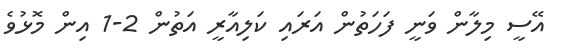
އޭސީ މިލާން ވަނީ ފަހަތުން އަރައި ކަލިއާރީ އަތުން 2-1 އިން މޮޅުވެ